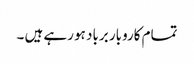
تمام کاروبار برباد ہو رہے ہیں ۔